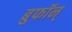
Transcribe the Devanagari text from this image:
बुफॉन्